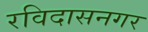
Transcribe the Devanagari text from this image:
रविदासनगर